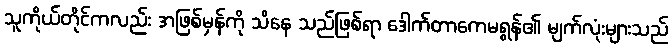
သူကိုယ်တိုင်ကလည်း အဖြစ်မှန်ကို သိနေ သည်ဖြစ်ရာ ဒေါက်တာကေမရွန်၏ မျက်လုံးများသည်